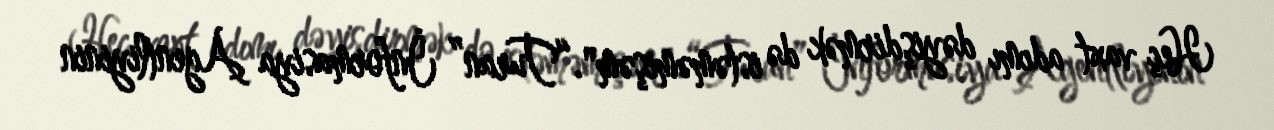
Heç vaxt adımı dəyişdirmək də istəməmişəm".“Turan” İnformasiya Agentliyinin